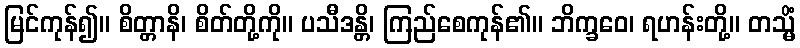
မြင်ကုန်၍။ စိတ္တာနိ၊ စိတ်တို့ကို။ ပသီဒန္တိ၊ ကြည်စေကုန်၏။ ဘိက္ခဝေ၊ ရဟန်းတို့။ တသ္မိံ